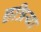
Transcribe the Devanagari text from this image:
छत्रिया